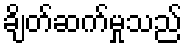
ချိတ်ဆက်မှုသည်